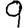
Digit: 9